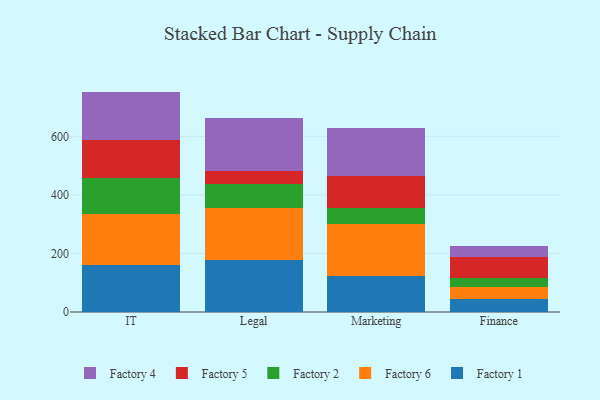
{"axis": {"x": "Department", "y": "Tickets Resolved"}, "legend": ["Factory 1", "Factory 2", "Factory 4", "Factory 5", "Factory 6"], "data": [{"x": "IT", "y": 160.7, "type": "Factory 1"}, {"x": "IT", "y": 175.7, "type": "Factory 6"}, {"x": "IT", "y": 122.3, "type": "Factory 2"}, {"x": "IT", "y": 130.0, "type": "Factory 5"}, {"x": "IT", "y": 164.0, "type": "Factory 4"}, {"x": "Legal", "y": 177.8, "type": "Factory 1"}, {"x": "Legal", "y": 177.1, "type": "Factory 6"}, {"x": "Legal", "y": 82.8, "type": "Factory 2"}, {"x": "Legal", "y": 44.1, "type": "Factory 5"}, {"x": "Legal", "y": 179.5, "type": "Factory 4"}, {"x": "Marketing", "y": 122.4, "type": "Factory 1"}, {"x": "Marketing", "y": 179.6, "type": "Factory 6"}, {"x": "Marketing", "y": 54.6, "type": "Factory 2"}, {"x": "Marketing", "y": 108.8, "type": "Factory 5"}, {"x": "Marketing", "y": 161.8, "type": "Factory 4"}, {"x": "Finance", "y": 44.6, "type": "Factory 1"}, {"x": "Finance", "y": 39.7, "type": "Factory 6"}, {"x": "Finance", "y": 31.6, "type": "Factory 2"}, {"x": "Finance", "y": 72.3, "type": "Factory 5"}, {"x": "Finance", "y": 36.8, "type": "Factory 4"}]}